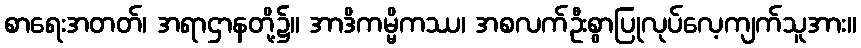
စာရေးအတတ်၊ အရာဌာနတို့၌။ အာဒိကမ္မိကဿ၊ အစလက်ဦးစွာပြုလုပ်လေ့ကျက်သူအား။